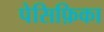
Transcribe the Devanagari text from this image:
पेसिफ़िका